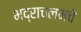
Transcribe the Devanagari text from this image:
भद्राचलमचे